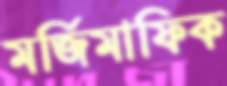
মর্জিমাফিক